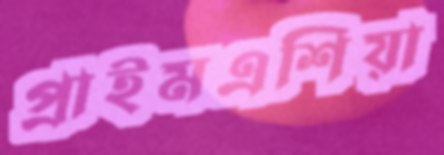
প্রাইমএশিয়া